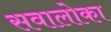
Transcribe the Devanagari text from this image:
सवालोका